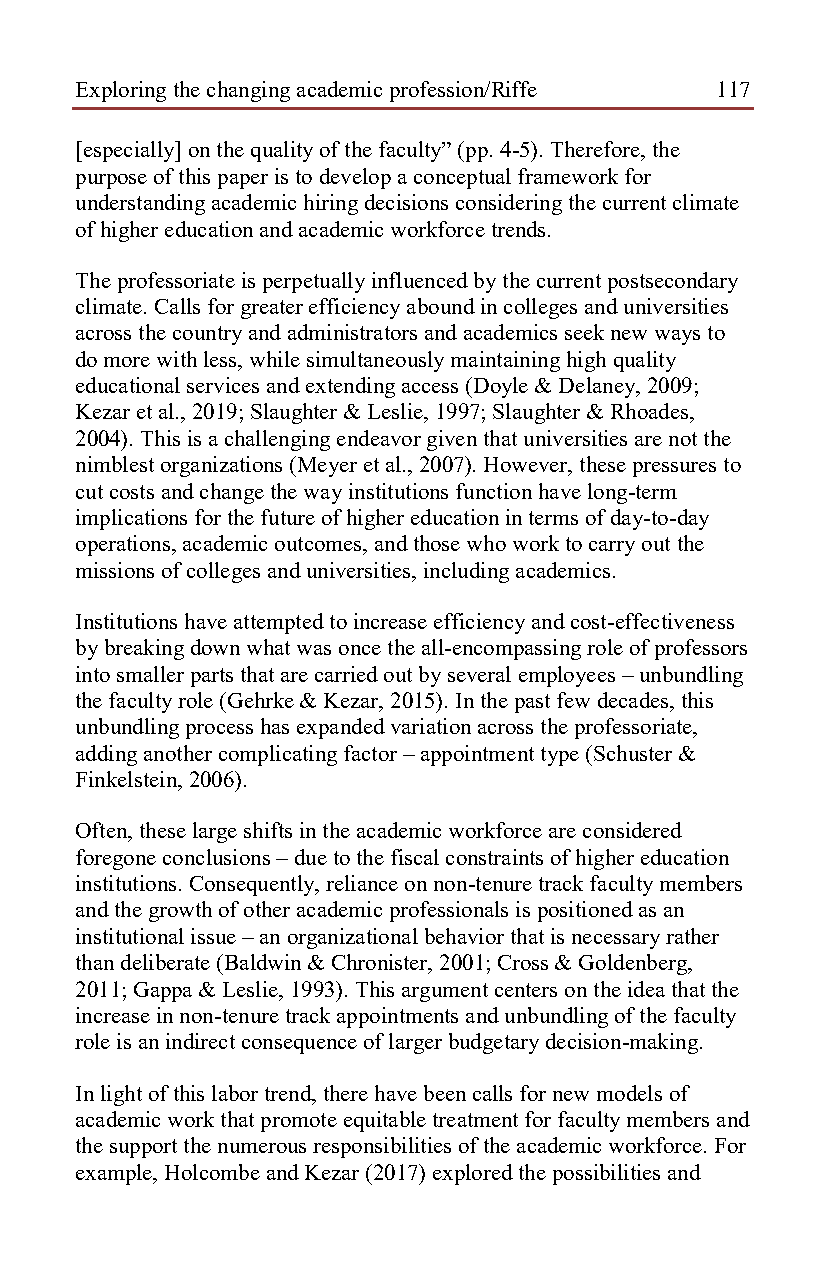
Exploring the changing academic profession/Riffe 117
 [especially] on the quality of the faculty” (pp. 4-5). Therefore, the
 purpose of this paper is to develop a conceptual framework for
 understanding academic hiring decisions considering the current climate
 of higher education and academic workforce trends.
 The professoriate is perpetually influenced by the current postsecondary
 climate. Calls for greater efficiency abound in colleges and universities
 across the country and administrators and academics seek new ways to
 do more with less, while simultaneously maintaining high quality
 educational services and extending access (Doyle & Delaney, 2009;
 Kezar et al., 2019; Slaughter & Leslie, 1997; Slaughter & Rhoades,
 2004). This is a challenging endeavor given that universities are not the
 nimblest organizations (Meyer et al., 2007). However, these pressures to
 cut costs and change the way institutions function have long-term
 implications for the future of higher education in terms of day-to-day
 operations, academic outcomes, and those who work to carry out the
 missions of colleges and universities, including academics.
 Institutions have attempted to increase efficiency and cost-effectiveness
 by breaking down what was once the all-encompassing role of professors
 into smaller parts that are carried out by several employees – unbundling
 the faculty role (Gehrke & Kezar, 2015). In the past few decades, this
 unbundling process has expanded variation across the professoriate,
 adding another complicating factor – appointment type (Schuster &
 Finkelstein, 2006).
 Often, these large shifts in the academic workforce are considered
 foregone conclusions – due to the fiscal constraints of higher education
 institutions. Consequently, reliance on non-tenure track faculty members
 and the growth of other academic professionals is positioned as an
 institutional issue – an organizational behavior that is necessary rather
 than deliberate (Baldwin & Chronister, 2001; Cross & Goldenberg,
 2011; Gappa & Leslie, 1993). This argument centers on the idea that the
 increase in non-tenure track appointments and unbundling of the faculty
 role is an indirect consequence of larger budgetary decision-making.
 In light of this labor trend, there have been calls for new models of
 academic work that promote equitable treatment for faculty members and
 the support the numerous responsibilities of the academic workforce. For
 example, Holcombe and Kezar (2017) explored the possibilities and